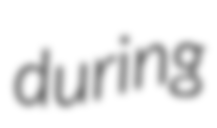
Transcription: during